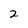
Character: 2